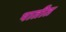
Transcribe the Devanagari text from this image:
पातीत